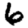
Digit: 6